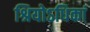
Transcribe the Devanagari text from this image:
श्रियोऽधिकां